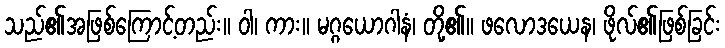
သည်၏အဖြစ်ကြောင့်တည်း။ ဝါ၊ ကား။ မဂ္ဂယောဂါနံ၊ တို့၏။ ဖလောဒယေန၊ ဖိုလ်၏ဖြစ်ခြင်း